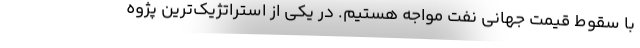
با سقوط قیمت جهانی نفت مواجه هستیم. در یکی از استراتژیک‌ترین پژوه